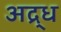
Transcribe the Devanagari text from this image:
अद्र्ध